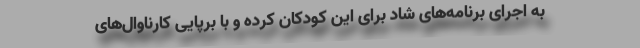
به اجرای برنامه‌های شاد برای این کودکان کرده و با برپایی کارناوال‌های